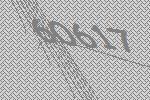
60617